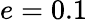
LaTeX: e=0.1